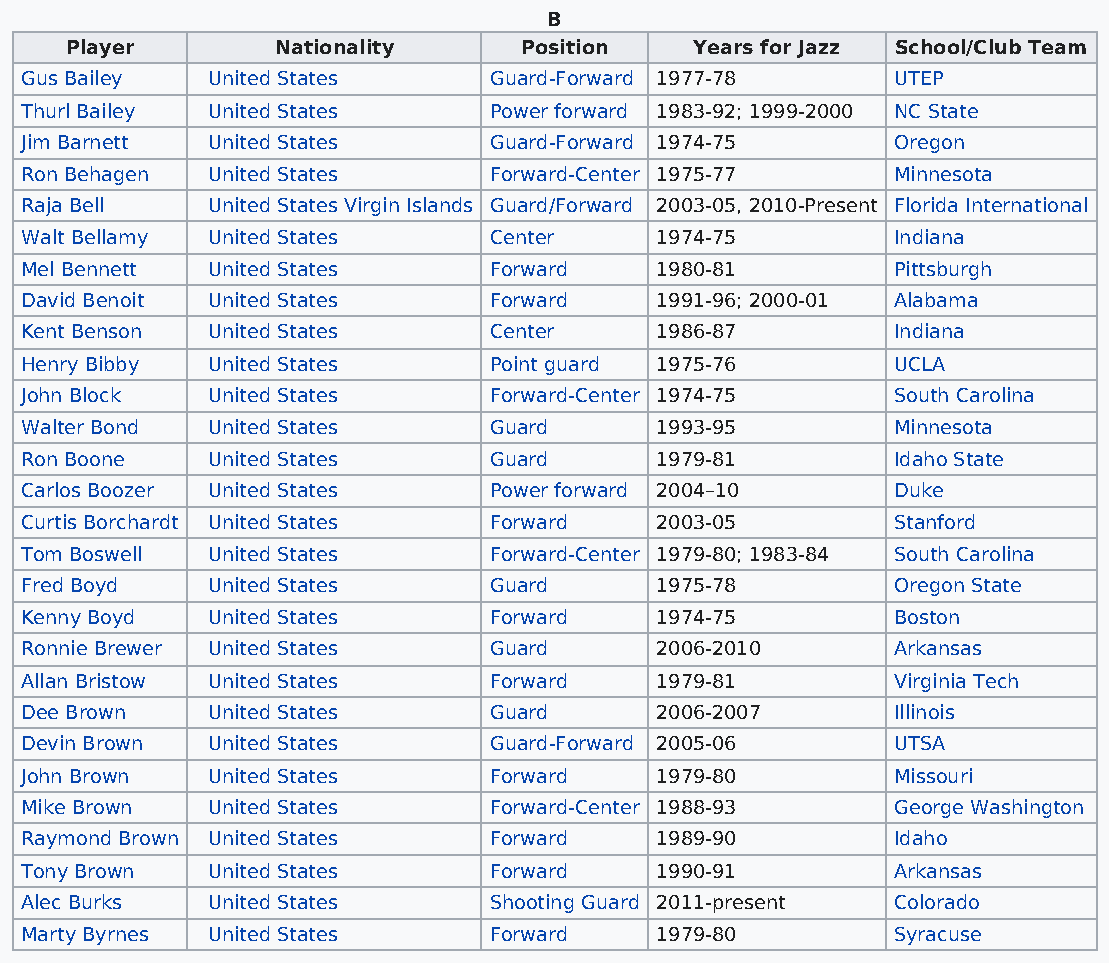
B
 Player        Nationality     Position    Years for Jazz School/Club Team
 Gus Bailey   United States     Guard-Forward 1977-78      UTEP
 Thurl Bailey United States     Power forward 1983-92; 1999-2000 NC State
 Jim Barnett  United States     Guard-Forward 1974-75      Oregon
 Ron Behagen  United States     Forward-Center 1975-77     Minnesota
 Raja Bell    United States Virgin Islands Guard/Forward 2003-05, 2010-Present Florida International
 Walt Bellamy United States     Center     1974-75         Indiana
 Mel Bennett  United States     Forward    1980-81         Pittsburgh
 David Benoit United States     Forward    1991-96; 2000-01 Alabama
 Kent Benson  United States     Center     1986-87         Indiana
 Henry Bibby  United States     Point guard 1975-76        UCLA
 John Block   United States     Forward-Center 1974-75     South Carolina
 Walter Bond  United States     Guard      1993-95         Minnesota
 Ron Boone    United States     Guard      1979-81         Idaho State
 Carlos Boozer United States    Power forward 2004–10      Duke
 Curtis Borchardt United States Forward    2003-05         Stanford
 Tom Boswell  United States     Forward-Center 1979-80; 1983-84 South Carolina
 Fred Boyd    United States     Guard      1975-78         Oregon State
 Kenny Boyd   United States     Forward    1974-75         Boston
 Ronnie Brewer United States    Guard      2006-2010       Arkansas
 Allan Bristow United States    Forward    1979-81         Virginia Tech
 Dee Brown    United States     Guard      2006-2007       Illinois
 Devin Brown  United States     Guard-Forward 2005-06      UTSA
 John Brown   United States     Forward    1979-80         Missouri
 Mike Brown   United States     Forward-Center 1988-93     George Washington
 Raymond Brown United States    Forward    1989-90         Idaho
 Tony Brown   United States     Forward    1990-91         Arkansas
 Alec Burks   United States     Shooting Guard 2011-present Colorado
 Marty Byrnes United States     Forward    1979-80         Syracuse